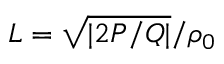
L = \sqrt { | 2 P / Q | } / \rho _ { 0 }